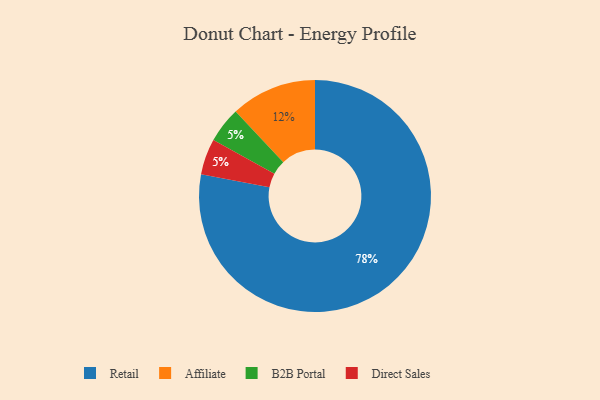
{"axis": {"x": "Category", "y": "Percentage"}, "legend": ["Affiliate", "B2B Portal", "Direct Sales", "Retail"], "data": [{"x": "B2B Portal", "y": 5, "type": "B2B Portal"}, {"x": "Affiliate", "y": 12, "type": "Affiliate"}, {"x": "Retail", "y": 78, "type": "Retail"}, {"x": "Direct Sales", "y": 5, "type": "Direct Sales"}]}